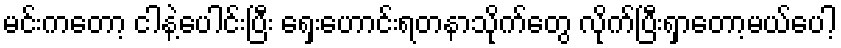
မင်းကတော့ ငါနဲ့ပေါင်းပြီး ရှေးဟောင်းရတနာသိုက်တွေ လိုက်ပြီးရှာတော့မယ်ပေါ့